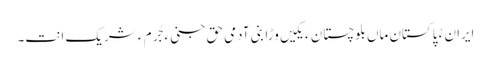
ایران ءُ پاکستان ماں بلوچستان ءَ یکیں وڑا بنی آدمی حق جنی ءِ جُرم ءَ شریک اَنت۔